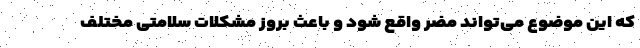
که این موضوع می‌تواند مضر واقع شود و باعث بروز مشکلات سلامتی مختلف